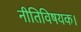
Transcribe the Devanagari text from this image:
नीतिविषयक।